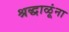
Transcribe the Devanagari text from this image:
श्रद्धाळूंना